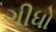
ગીધો